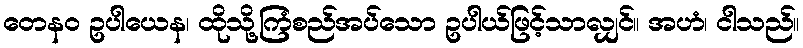
တေနဝ ဥပါယေန၊ ထိုသို့ကြံစည်အပ်သော ဥပါယ်ဖြင့်သာလျှင်။ အဟံ၊ ငါသည်။